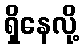
ရှိနေလို့